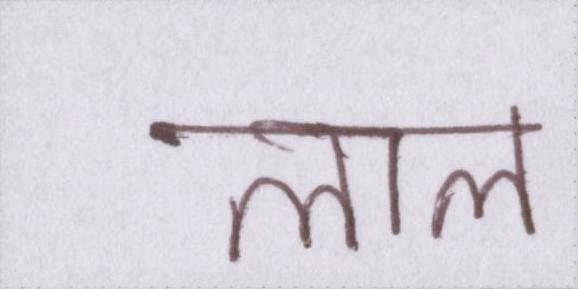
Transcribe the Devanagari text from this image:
लाल